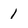
Character: 1